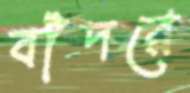
বাঁদরে